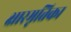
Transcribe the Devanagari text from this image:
क्षारमृत्तिका